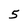
Character: 5